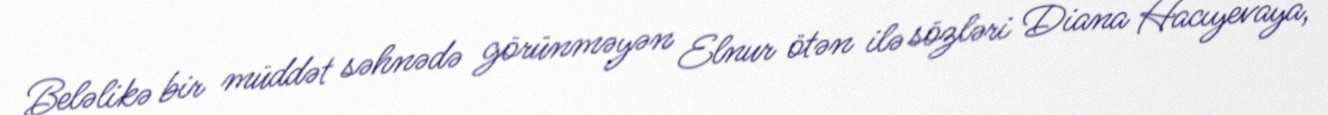
Beləlikə bir müddət səhnədə görünməyən Elnur ötən ilə sözləri Diana Hacıyevaya,